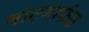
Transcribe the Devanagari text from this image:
भाटमार्फत